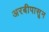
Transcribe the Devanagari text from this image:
अरबीपासून